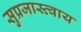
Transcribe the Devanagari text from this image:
सुप्रजास्त्वाय